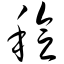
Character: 稔